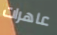
عاهرات